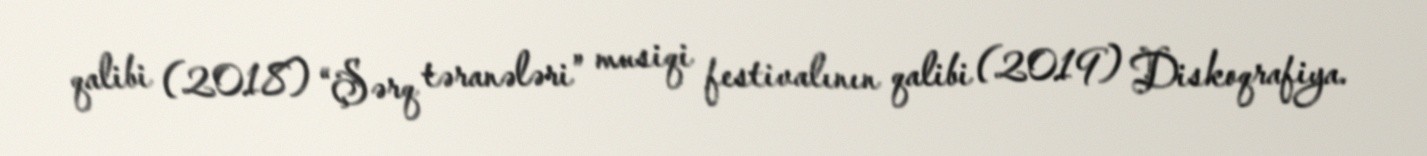
qalibi (2018) “Şərq təranələri” musiqi festivalının qalibi (2019) Diskoqrafiya.